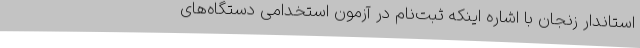
استاندار زنجان با اشاره اینکه ثبت‌نام در آزمون استخدامی دستگاه‌های